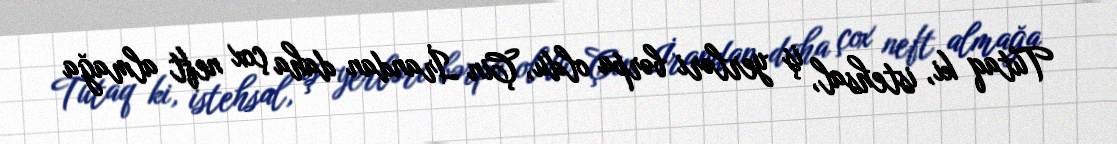
Tutaq ki, istehsal, iş yerləri bərpa oldu, Çin İrandan daha çox neft almağa